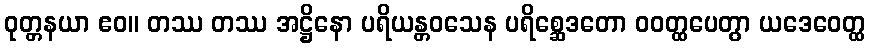
ဝုတ္တနယာ ဧဝ။ တဿ တဿ အဋ္ဌိနော ပရိယန္တဝသေန ပရိစ္ဆေဒတော ဝဝတ္ထပေတွာ ယဒေဝေတ္ထ